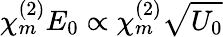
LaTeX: \chi_{m}^{(2)}E_{0}\propto\chi_{m}^{(2)}\sqrt{U_{0}}